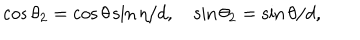
\cos { \theta _ { 2 } } = \cos { \theta } \sin { \eta } / d , \quad \sin { \theta _ { 2 } } = \sin { \theta } / d ,